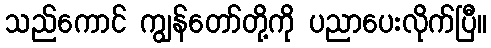
သည်ကောင် ကျွန်တော်တို့ကို ပညာပေးလိုက်ပြီ။